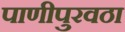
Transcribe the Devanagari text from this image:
पाणीपुरवठा